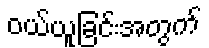
ဝယ်ယူခြင်းအတွက်